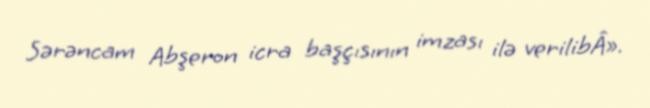
Sərəncam Abşeron icra başçısının imzası ilə verilibÂ».